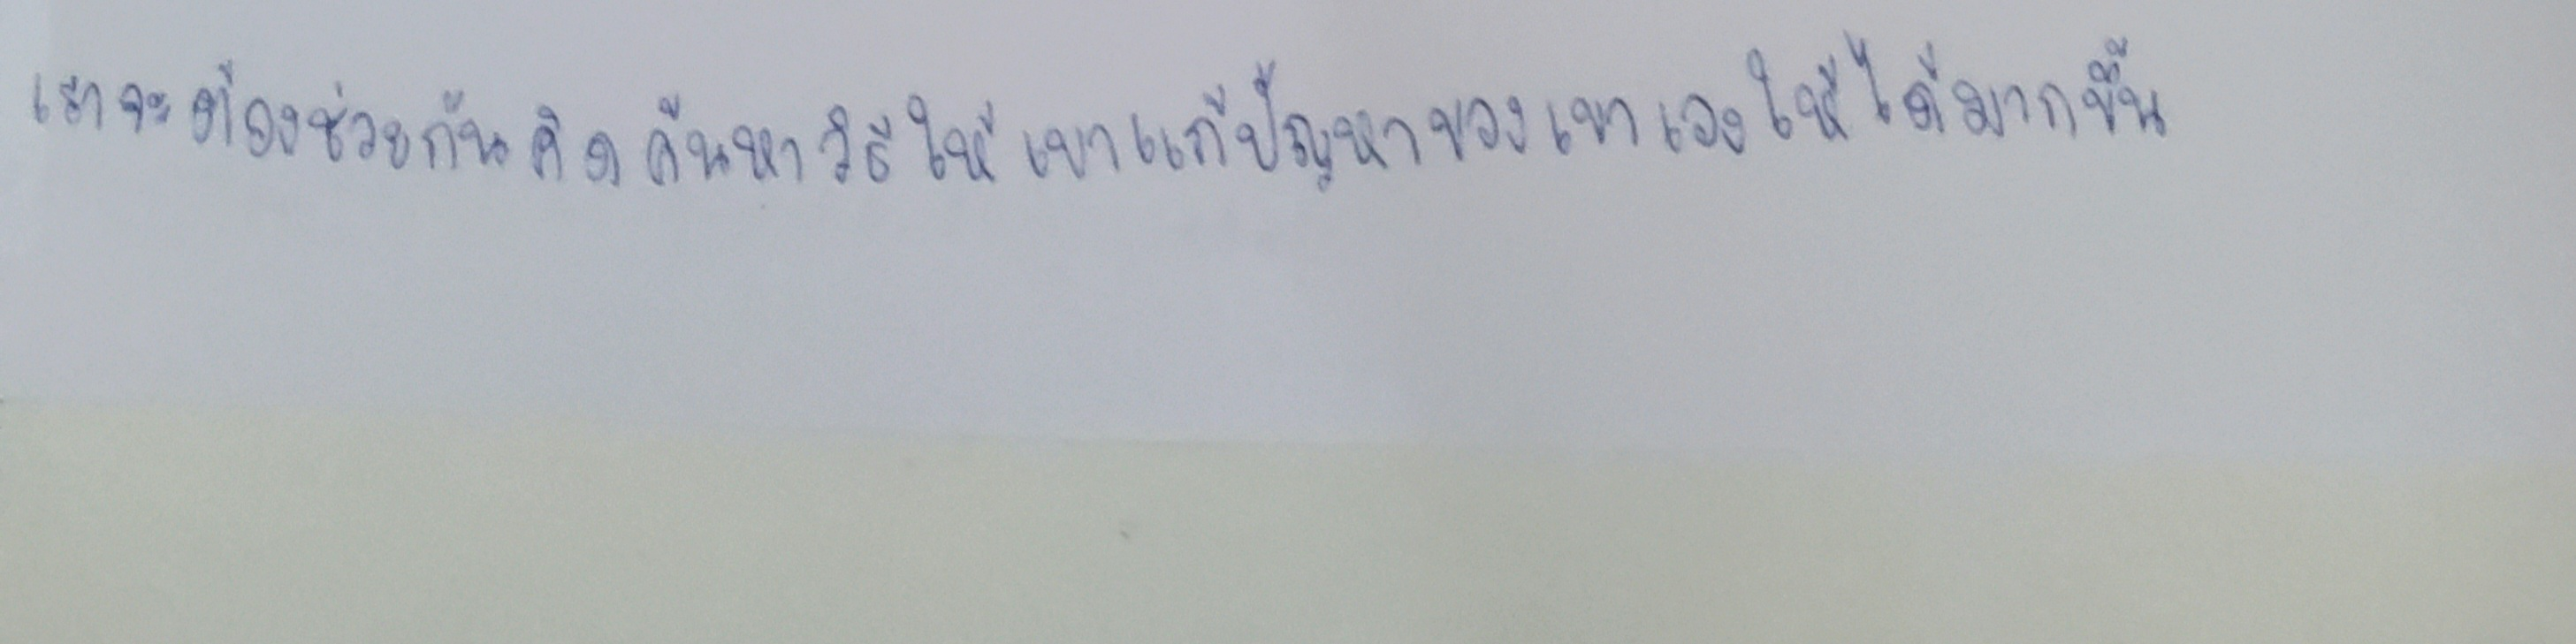
เราจะต้องช่วยกันคิดค้นหาวิธีให้เขาแก้ปัญหาของเขาเองให้ได้มากขึ้น